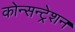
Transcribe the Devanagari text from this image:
कोन्सन्ट्रेशन